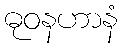
ဓုဝနဟာနံ